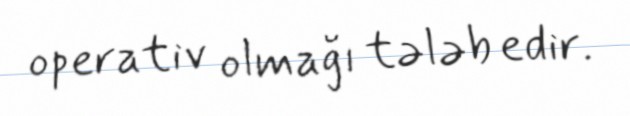
operativ olmağı tələb edir.